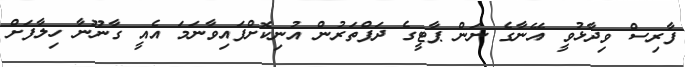
ފާރިސް ވިދާޅުވީ އޭނާގެ ނަން ޕާޓީގެ ދަފްތަރުން އުނިކޮށްފައިވާނަމަ އެއީ ގާނޫނާ ހިލާފަށް